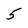
Character: 5